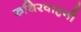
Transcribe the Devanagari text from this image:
रुधिरवाहनी